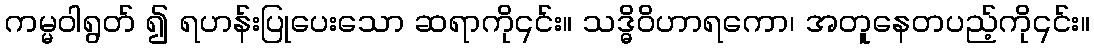
ကမ္မဝါရွတ် ၍ ရဟန်းပြုပေးသော ဆရာကို၎င်း။ သဒ္ဓိဝိဟာရကော၊ အတူနေတပည့်ကို၎င်း။